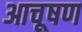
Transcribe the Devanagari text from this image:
आचूषण